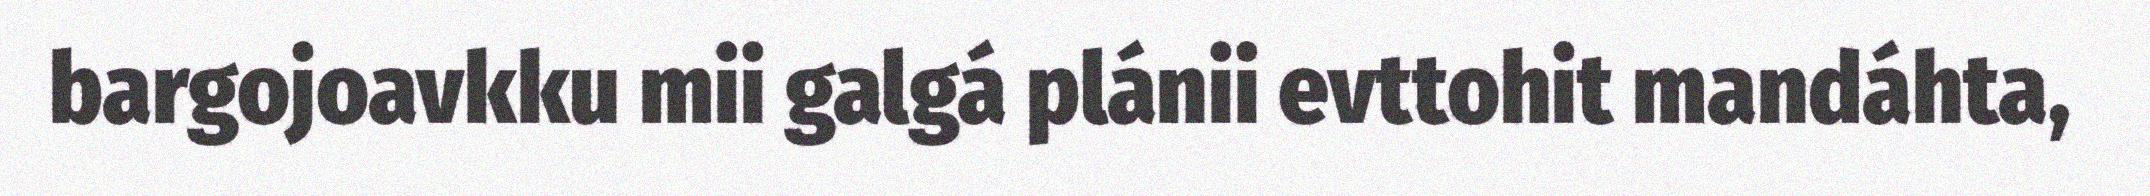
bargojoavkku mii galgá plánii evttohit mandáhta,